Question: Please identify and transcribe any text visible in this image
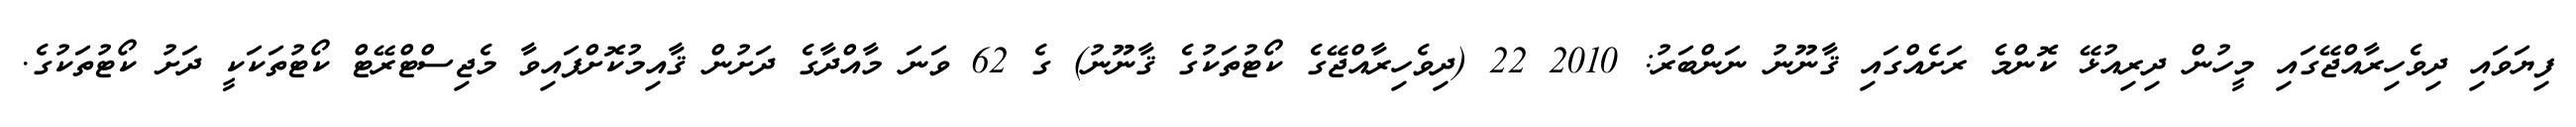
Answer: ފިޔަވައި ދިވެހިރާއްޖޭގައި މީހުން ދިރިއުޅޭ ކޮންމެ ރަށެއްގައި ޤާނޫނު ނަންބަރު: 2010 22 (ދިވެހިރާއްޖޭގެ ކޯޓުތަކުގެ ޤާނޫނު) ގެ 62 ވަނަ މާއްދާގެ ދަށުން ޤާއިމުކޮށްފައިވާ މެޖިސްޓްރޭޓް ކޯޓުތަކަކީ ދަށު ކޯޓުތަކުގެ.